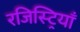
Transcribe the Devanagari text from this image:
रजिस्ट्रियाँ